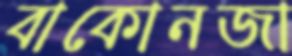
বাকোনজা